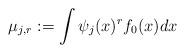
LaTeX: \begin{align*}\mu_{j,r} := \int \psi_j(x)^r f_0(x) dx\end{align*}